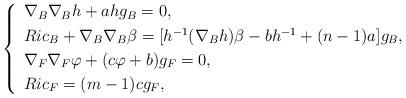
LaTeX: \begin{align*}\left\{ \begin{array}[pos]{ll}\nabla_{B}\nabla_{B}h+ahg_{B}=0,\\\noalign{\smallskip}Ric_{B}+\nabla_{B}\nabla_{B}\beta=[h^{-1}(\nabla_{B}h)\beta-bh^{-1}+(n-1)a]g_{B}, \\\noalign{\smallskip}\nabla_{F}\nabla_{F}\varphi+(c\varphi+b)g_{F}=0,\\\noalign{\smallskip}Ric_{F}=(m-1)cg_{F},\end{array}\right.\end{align*}